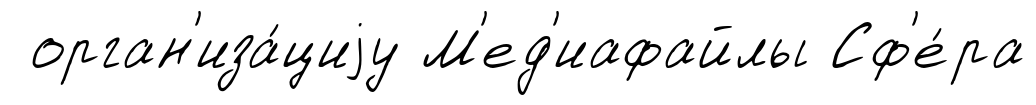
орган'иза́циjу М'ед'иафайлы Сф'е́ра